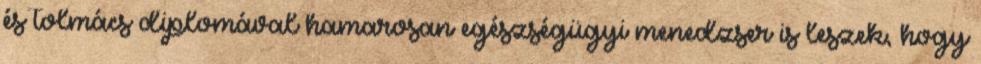
és tolmács diplomával hamarosan egészségügyi menedzser is leszek, hogy